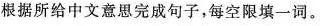
根据所给中文意思完成句子，每空限填一词。